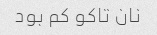
نان تاکو کم بود